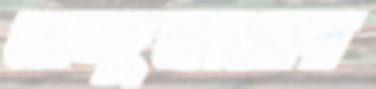
আন্দুজারের